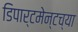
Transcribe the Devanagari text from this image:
डिपार्टमेन्टच्या